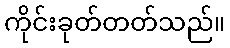
ကိုင်းခုတ်တတ်သည်။